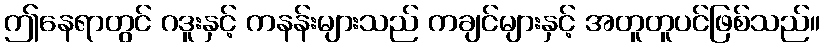
ဤနေရာတွင် ဂဒူးနှင့် ကနန်းများသည် ကချင်များနှင့် အတူတူပင်ဖြစ်သည်။